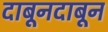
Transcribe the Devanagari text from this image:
दाबूनदाबून